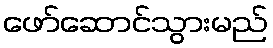
ဖော်ဆောင်သွားမည်